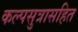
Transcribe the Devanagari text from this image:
कल्पसुत्रासहित